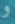
و